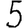
Digit: 5